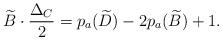
LaTeX: \begin{align*}\widetilde{B}\cdot \frac{\Delta_C}{2}=p_a(\widetilde{D})-2p_a(\widetilde{B})+1.\end{align*}